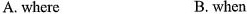
A. where B. when